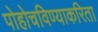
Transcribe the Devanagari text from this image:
पोहोचविण्याकरिता